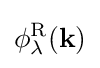
\phi _{\lambda }^{\mathrm {R} }(\mathbf {k} )